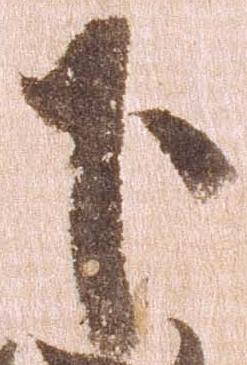
下